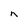
Character: n